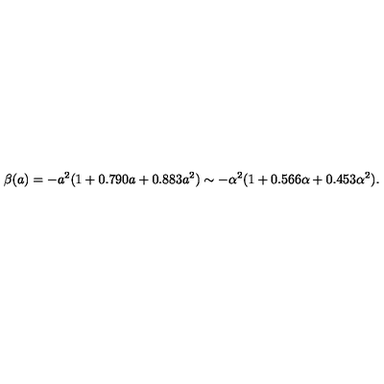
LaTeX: \beta ( a ) = - a ^ { 2 } ( 1 + 0 . 7 9 0 a + 0 . 8 8 3 a ^ { 2 } ) \sim - \alpha ^ { 2 } ( 1 + 0 . 5 6 6 \alpha + 0 . 4 5 3 \alpha ^ { 2 } ) .